Report of the Imperial Institute of Veterinary Research, Muktesar
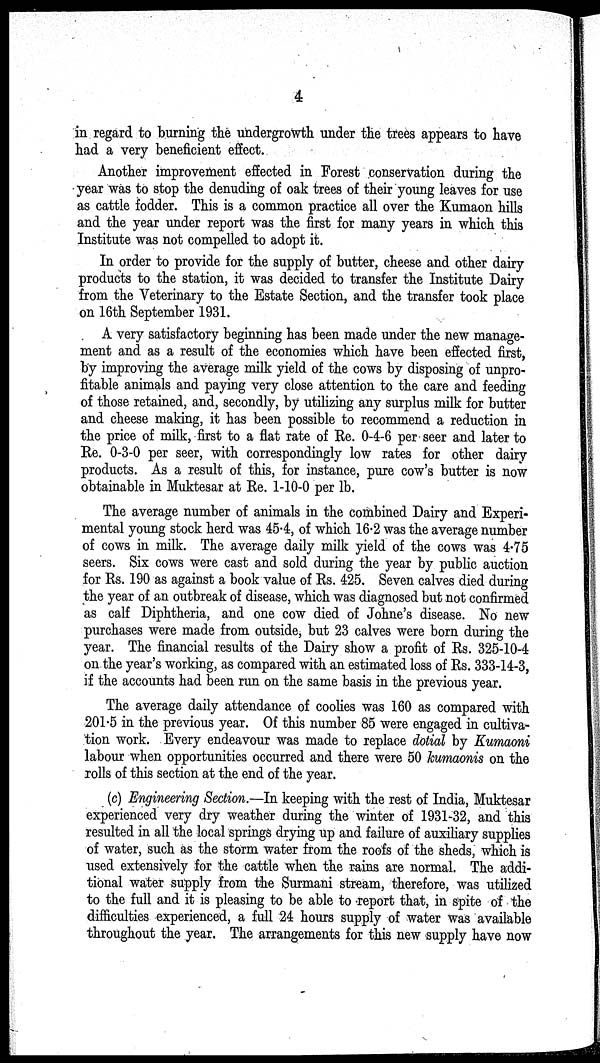
4
in regard to burning the undergrowth under the trees appears to have
had a very beneficient effect.
Another improvement effected in Forest conservation during the
year was to stop the denuding of oak trees of their young leaves for use
as cattle fodder. This is a common practice all over the Kumaon hills
and the year under report was the first for many years in which this
Institute was not compelled to adopt it.
In order to provide for the supply of butter, cheese and other dairy
products to the station, it was decided to transfer the Institute Dairy
from the Veterinary to the Estate Section, and the transfer took place
on 16th September 1931.
A very satisfactory beginning has been made under the new manage-
ment and as a result of the economies which have been effected first,
by improving the average milk yield of the cows by disposing of unpro-
fitable animals and paying very close attention to the care and feeding
of those retained, and, secondly, by utilizing any surplus milk for butter
and cheese making, it has been possible to recommend a reduction in
the price of milk, first to a flat rate of Re. 0-4-6 per seer and later to
Re. 0-3-0 per seer, with correspondingly low rates for other dairy
products. As a result of this, for instance, pure cow's butter is now
obtainable in Muktesar at Re. 1-10-0 per lb.
The average number of animals in the combined Dairy and Experi-
mental young stock herd was 45.4, of which 16.2 was the average number
of cows in milk. The average daily milk yield of the cows was 4.75
seers. Six cows were cast and sold during the year by public auction
for Rs. 190 as against a book value of Rs. 425. Seven calves died during
the year of an outbreak of disease, which was diagnosed but not confirmed
as calf Diphtheria, and one cow died of Johne's disease. No new
purchases were made from outside, but 23 calves were born during the
year. The financial results of the Dairy show a profit of Rs. 325-10-4
on the year's working, as compared with an estimated loss of Rs. 333-14-3,
if the accounts had been run on the same basis in the previous year.
The average daily attendance of coolies was 160 as compared with
201.5 in the previous year. Of this number 85 were engaged in cultiva-
tion work. Every endeavour was made to replace dotial by Kumaoni
labour when opportunities occurred and there were 50 kumaonis on the
rolls of this section at the end of the year.
(c) Engineering Section.—In keeping with the rest of India, Muktesar
experienced very dry weather during the winter of 1931-32, and this
resulted in all the local springs drying up and failure of auxiliary supplies
of water, such as the storm water from the roofs of the sheds, which is
used extensively for the cattle when the rains are normal. The addi-
tional water supply from the Surmani stream, therefore, was utilized
to the full and it is pleasing to be able to report that, in spite of the
difficulties experienced, a full 24 hours supply of water was available
throughout the year. The arrangements for this new supply have now